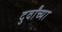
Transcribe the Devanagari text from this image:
दुर्वांच्या